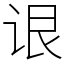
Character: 𬣳